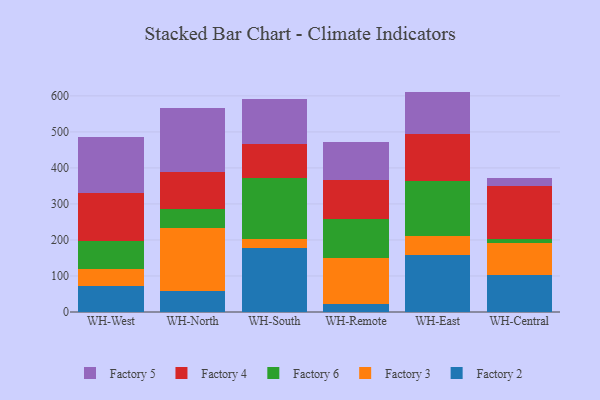
{"axis": {"x": "Warehouse", "y": "Gross Profit (USD K)"}, "legend": ["Factory 2", "Factory 3", "Factory 4", "Factory 5", "Factory 6"], "data": [{"x": "WH-West", "y": 71.2, "type": "Factory 2"}, {"x": "WH-West", "y": 49.3, "type": "Factory 3"}, {"x": "WH-West", "y": 75.5, "type": "Factory 6"}, {"x": "WH-West", "y": 134.9, "type": "Factory 4"}, {"x": "WH-West", "y": 155.9, "type": "Factory 5"}, {"x": "WH-North", "y": 58.9, "type": "Factory 2"}, {"x": "WH-North", "y": 175.5, "type": "Factory 3"}, {"x": "WH-North", "y": 50.8, "type": "Factory 6"}, {"x": "WH-North", "y": 102.6, "type": "Factory 4"}, {"x": "WH-North", "y": 179.8, "type": "Factory 5"}, {"x": "WH-South", "y": 177.7, "type": "Factory 2"}, {"x": "WH-South", "y": 25.6, "type": "Factory 3"}, {"x": "WH-South", "y": 168.9, "type": "Factory 6"}, {"x": "WH-South", "y": 93.7, "type": "Factory 4"}, {"x": "WH-South", "y": 124.9, "type": "Factory 5"}, {"x": "WH-Remote", "y": 23.6, "type": "Factory 2"}, {"x": "WH-Remote", "y": 125.6, "type": "Factory 3"}, {"x": "WH-Remote", "y": 109.8, "type": "Factory 6"}, {"x": "WH-Remote", "y": 108.3, "type": "Factory 4"}, {"x": "WH-Remote", "y": 106.0, "type": "Factory 5"}, {"x": "WH-East", "y": 157.8, "type": "Factory 2"}, {"x": "WH-East", "y": 53.9, "type": "Factory 3"}, {"x": "WH-East", "y": 151.3, "type": "Factory 6"}, {"x": "WH-East", "y": 132.5, "type": "Factory 4"}, {"x": "WH-East", "y": 116.4, "type": "Factory 5"}, {"x": "WH-Central", "y": 102.6, "type": "Factory 2"}, {"x": "WH-Central", "y": 89.1, "type": "Factory 3"}, {"x": "WH-Central", "y": 11.0, "type": "Factory 6"}, {"x": "WH-Central", "y": 146.5, "type": "Factory 4"}, {"x": "WH-Central", "y": 23.0, "type": "Factory 5"}]}